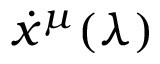
\dot { x } ^ { \mu } ( \lambda )